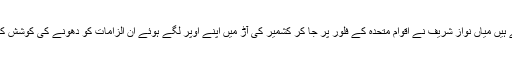
سچ پوچھیں اس تقریر سے دوہرے مزے لئے گئے ہیں میاں نواز شریف نے اقوام متحدہ کے فلور پر جا کر کشمیر کی آڑ میں اپنے اوپر لگے ہوئے ان الزامات کو دھونے کی کوشش کی ہے جو جناب طاہرالقادری نے ان پر لگائے ہیں۔